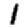
Digit: 1